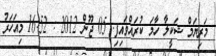
މަރިޔަމް ޝަކީލާ ހާމަ ކުރައްވައިފި. 05 ޖޫން 2012 : 16:52 މިއަހަރު